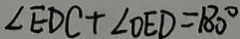
\angle E D C + \angle D E D = 1 8 0 ^ { \circ }